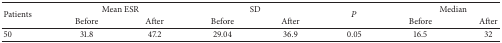
| <ROWSPAN=2> Patients | <COLSPAN=2> Mean ESR | <COLSPAN=2> SD | <ROWSPAN=2> P | <COLSPAN=2> Median |
 | Before | After | Before | After | Before | After |
 | --- | --- | --- | --- | --- | --- | --- | --- |
 | 50 | 31.8 | 47.2 | 29.04 | 36.9 | 0.05 | 16.5 | 32 |